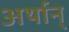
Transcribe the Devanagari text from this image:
अर्थान्